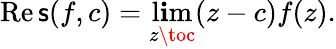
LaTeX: \operatorname{Re\mathsf{s}}(f,c)=\operatorname*{l\mathbf{i}m}_{z\toc}(z-c)f(z).